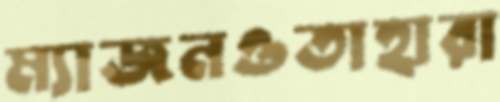
ম্যাজনওতাহারা